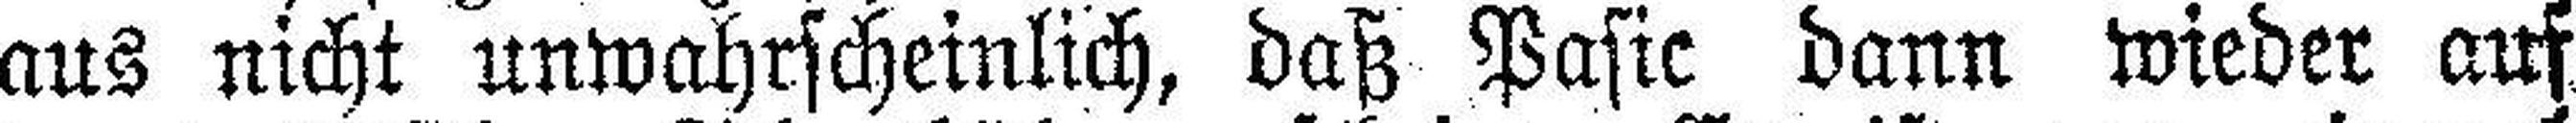
aus nicht unwahrscheinlich, daß Pasic dann wieder auf